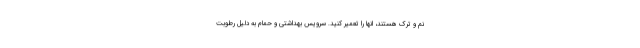
نم و ترک هستند، انها را تعمیر کنید. سرویس بهداشتی و حمام به دلیل رطوبت